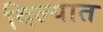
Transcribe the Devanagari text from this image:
दिल्यात